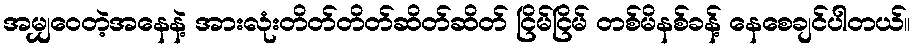
အမျှဝေတဲ့အနေနဲ့ အားလုံးတိတ်တိတ်ဆိတ်ဆိတ် ငြိမ်ငြိမ် တစ်မိနစ်ခန့် နေစေချင်ပါတယ်။